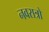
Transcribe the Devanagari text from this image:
नवरात्रो